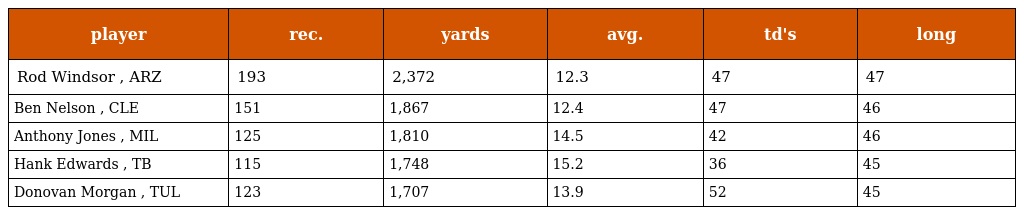
| player | rec. | yards | avg. | td's | long |
 | --- | --- | --- | --- | --- | --- |
 | Rod Windsor , ARZ | 193 | 2,372 | 12.3 | 47 | 47 |
 | Ben Nelson , CLE | 151 | 1,867 | 12.4 | 47 | 46 |
 | Anthony Jones , MIL | 125 | 1,810 | 14.5 | 42 | 46 |
 | Hank Edwards , TB | 115 | 1,748 | 15.2 | 36 | 45 |
 | Donovan Morgan , TUL | 123 | 1,707 | 13.9 | 52 | 45 |